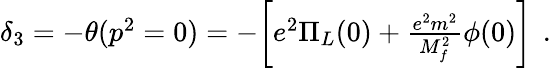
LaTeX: \begin{array}{r}{\delta_{3}=-\theta(p^{2}=0)=-\biggl[e^{2}\Pi_{L}(0)+\frac{e^{2}m^{2}}{M_{f}^{2}}\phi(0)\biggr]\, \ .}\end{array}